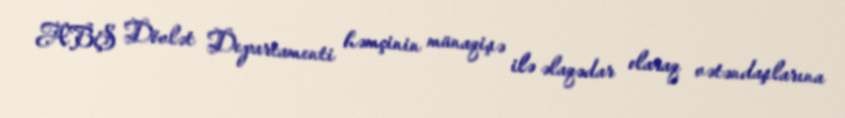
ABŞ Dövlət Departamenti həmçinin münaqişə ilə əlaqədar olaraq vətəndaşlarına